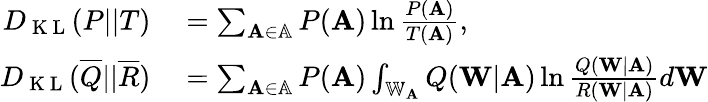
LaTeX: \begin{array}{rl}{D_{\mathrm{~K~L~}}(P||T)}&{{}=\sum_{\mathbf{A}\in\mathbb{A}}P(\mathbf{A})\ln\frac{P(\mathbf{A})}{T(\mathbf{A})},}\\ {D_{\mathrm{~K~L~}}(\overline{{Q}}||\overline{{R}})}&{{}=\sum_{\mathbf{A}\in\mathbb{A}}P(\mathbf{A})\int_{\mathbb{W}_{\mathbf{A}}}Q(\mathbf{W}|\mathbf{A})\ln\frac{Q(\mathbf{W}|\mathbf{A})}{R(\mathbf{W}|\mathbf{A})}d\mathbf{W}}\end{array}